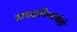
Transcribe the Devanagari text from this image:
दागदागिन्यांचीही